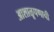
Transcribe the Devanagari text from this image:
आशाळूपणाची